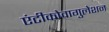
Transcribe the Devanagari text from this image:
एंटीकोवागुलेशन